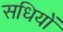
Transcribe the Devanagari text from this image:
सधियों